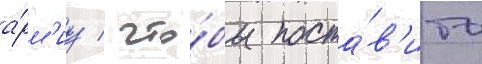
а́рм'иу / что́бы поста́в'ить